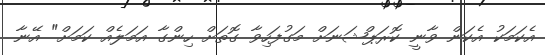
އެކަމަކު އެކަން ވާނީ ކޮރަޕްޝަނަށް މަގުފަހިވާ ގޮތަށް ހިންގާ އަމަލެއް ކަމަށް" އޭނާ